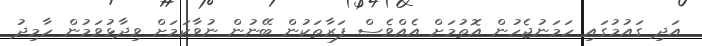
އަދި ގައުމުގައި ހަމަނުޖެހުން އޮތުމަށް އެއްވެސް ފަރާތަކުން ބޭނުން ނުވާކަމަށް ވިދާޅުވަމުން ހާމިދު